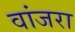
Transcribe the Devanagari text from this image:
वांजरा